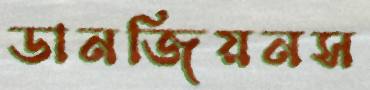
ডানজিয়নস